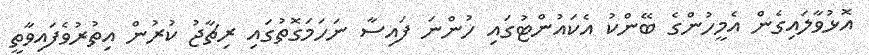
އޮޅުވާލައިގެން އެމީހުންގެ ބޭންކު އެކައުންޓުގައި ހުންނަ ފައިސާ ނަހަމަގޮތުގައި ރިޗާޖު ކުރުން އިތުރުވެފައިވާތީ